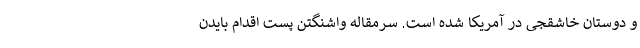
و دوستان خاشقجی در آمریکا شده است. سرمقاله واشنگتن پست اقدام بایدن